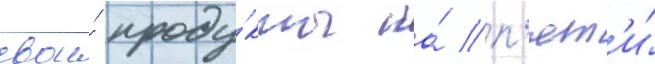
свои́ проду́кты на́ п'ят'и́